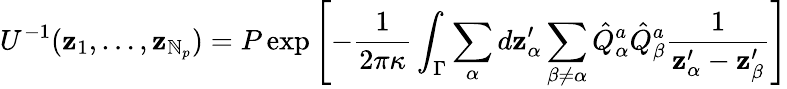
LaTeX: U^{-1}(\mathbf{z}_{1},\dots,\mathbf{z}_{\mathbb{N}_{p}})=P\exp\left[-{\frac{{1}}{{2\pi\kappa}}}\int_{\Gamma}\sum_{\alpha}d\mathbf{z}_{\alpha}^{\prime}\sum_{\beta\not{=}\alpha}\hat{{Q}}_{\alpha}^{a}\hat{{Q}}_{\beta}^{a}\frac{{1}}{{\mathbf{z}_{\alpha}^{\prime}-\mathbf{z}_{\beta}^{\prime}}}\right]